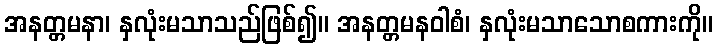
အနတ္တမနာ၊ နှလုံးမသာသည်ဖြစ်၍။ အနတ္တမနဝါစံ၊ နှလုံးမသာသောစကားကို။